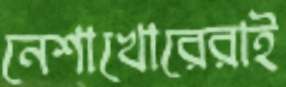
নেশাখোরেরাই